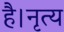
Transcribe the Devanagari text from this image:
है।नृत्य